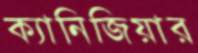
ক্যানিজিয়ার